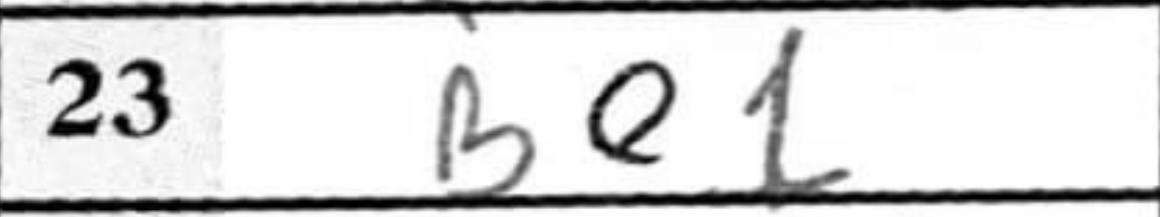
Transcription: Be1